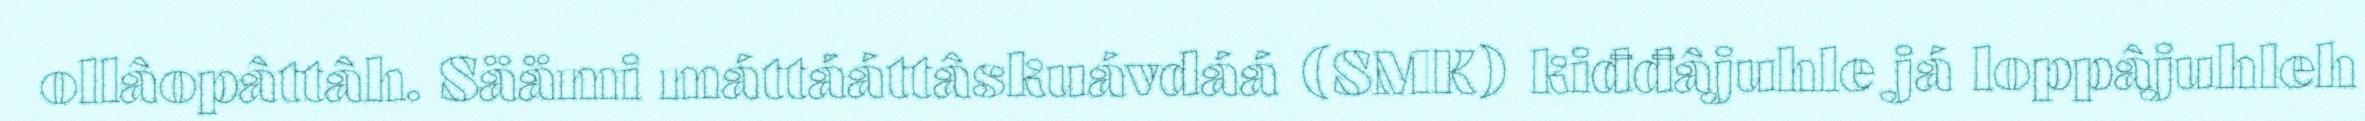
ollâopâttâh. Säämi máttááttâskuávdáá (SMK) kiđđâjuhle já loppâjuhleh